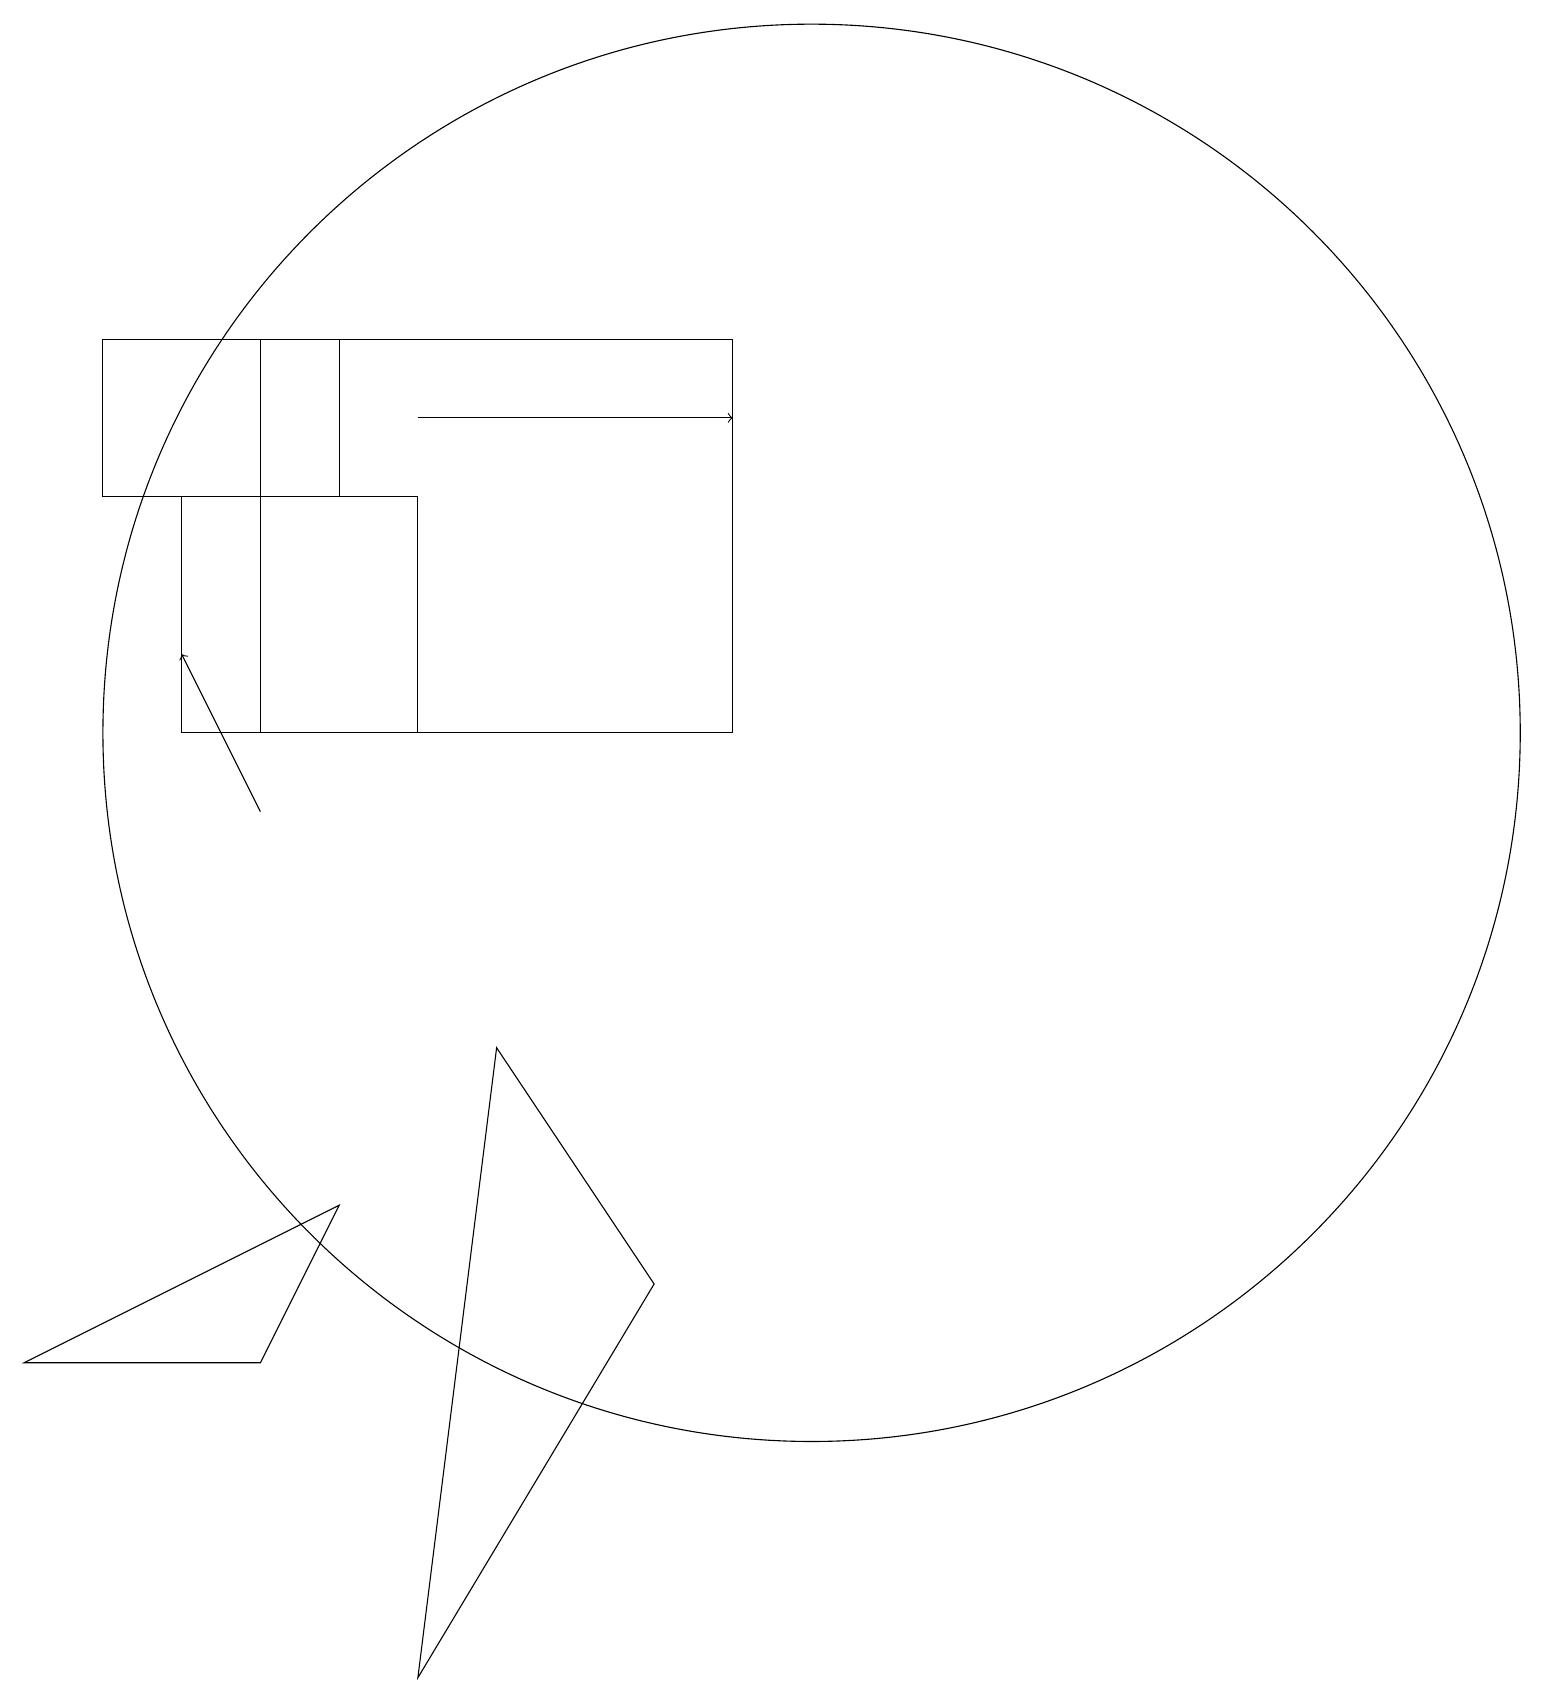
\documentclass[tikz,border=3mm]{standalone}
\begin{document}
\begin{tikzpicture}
\draw (3,17) rectangle (9,12);
\draw[->] (3,11) -- (2,13);
\draw (0,4) -- (3,4) -- (4,6) -- cycle;
\draw (2,15) rectangle (5,12);
\draw[->] (5,16) -- (9,16);
\draw (10,12) circle (9);
\draw (5,0) -- (8,5) -- (6,8) -- cycle;
\draw (4,15) rectangle (1,17);
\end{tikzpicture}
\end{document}